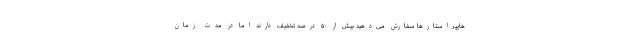
هایپراستارها سفارش می‌دهید بیش از ۵۰ درصد تخفیف دارند اما در مدت زمان